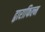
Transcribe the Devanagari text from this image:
द्वाराफिल्म